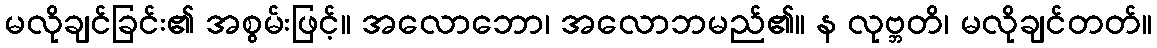
မလိုချင်ခြင်း၏ အစွမ်းဖြင့်။ အလောဘော၊ အလောဘမည်၏။ န လုဗ္ဘတိ၊ မလိုချင်တတ်။